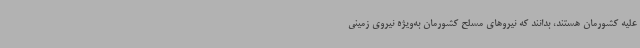
علیه کشورمان هستند، بدانند که نیروهای مسلح کشورمان به‌ویژه نیروی زمینی